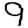
Digit: 9